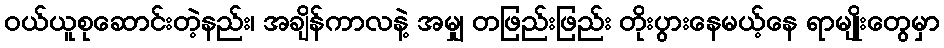
ဝယ်ယူစုဆောင်းတဲ့နည်း၊ အချိန်ကာလနဲ့ အမျှ တဖြည်းဖြည်း တိုးပွားနေမယ့်နေ ရာမျိုးတွေမှာ